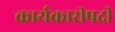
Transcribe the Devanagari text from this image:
कार्यकारीपदी